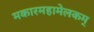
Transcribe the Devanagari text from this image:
मकारमहामेलकम्